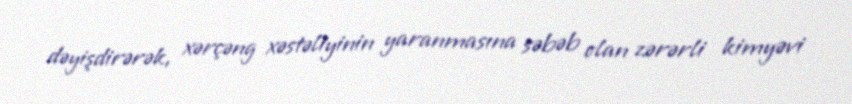
dəyişdirərək, xərçəng xəstəliyinin yaranmasına səbəb olan zərərli kimyəvi